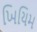
ખિયિમ